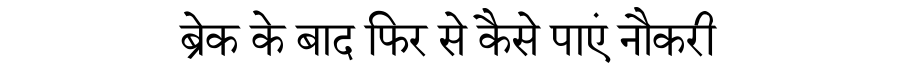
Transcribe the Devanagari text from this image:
ब्रेक के बाद फिर से कैसे पाएं नौकरी